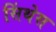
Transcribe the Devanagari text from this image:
सिंथेस